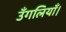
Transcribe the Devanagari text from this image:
उँगलियाँ।